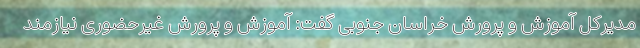
مدیرکل آموزش و پرورش خراسان جنوبی گفت: آموزش‌ و پرورش غیرحضوری نیازمند